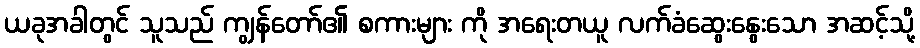
ယခုအခါတွင် သူသည် ကျွန်တော်၏ စကားများ ကို အရေးတယူ လက်ခံဆွေးနွေးသော အဆင့်သို့